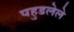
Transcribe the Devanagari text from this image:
पहुडलेले